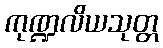
ကုဏ္ဍလိယသုတ္တ